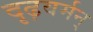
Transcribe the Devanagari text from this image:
दृढ़वर्मन्